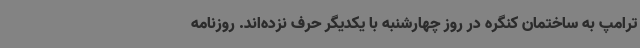
ترامپ به ساختمان کنگره در روز چهارشنبه با یکدیگر حرف نزده‌اند. روزنامه